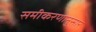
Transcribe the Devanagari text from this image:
समीकरणानुसार